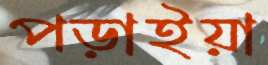
পড়াইয়া